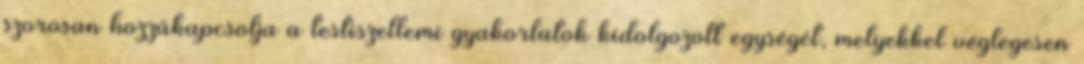
szorosan hozzákapcsolja a testiszellemi gyakorlatok kidolgozott egységét, melyekkel véglegesen